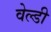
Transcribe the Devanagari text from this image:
वेल्डी